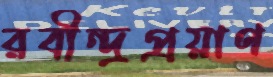
রবীন্দ্রপ্রয়াণ